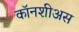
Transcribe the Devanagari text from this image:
कॉनशीअस